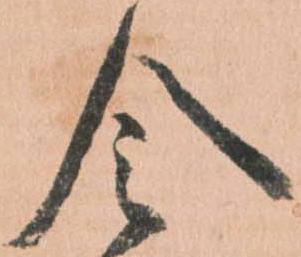
令